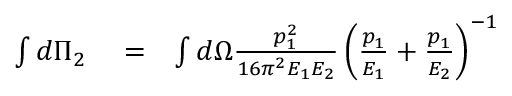
\begin{array} { r l r } { \int d \Pi _ { 2 } } & { { } = } & { \int d \Omega \frac { p _ { 1 } ^ { 2 } } { 1 6 \pi ^ { 2 } E _ { 1 } E _ { 2 } } \left( \frac { p _ { 1 } } { E _ { 1 } } + \frac { p _ { 1 } } { E _ { 2 } } \right) ^ { - 1 } } \end{array}